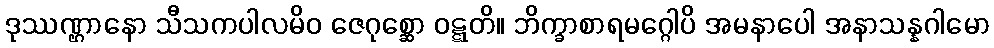
ဒုဿဏ္ဌာနော သီသကပါလမိဝ ဇေဂုစ္ဆော ဝဋ္ဋတိ။ ဘိက္ခာစာရမဂ္ဂေါပိ အမနာပေါ အနာသန္နဂါမော